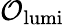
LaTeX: \mathcal{O}_{\mathrm{lumi}}